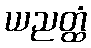
ယညတ္ထံ